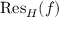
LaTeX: { \mathrm { R e s } } _ { H } ( f )